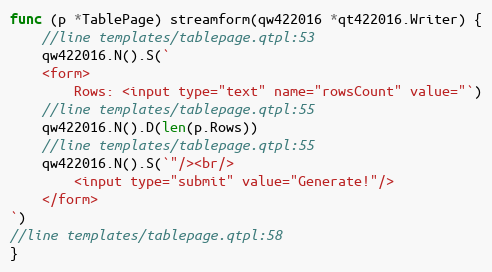
Language: Go
func (p *TablePage) streamform(qw422016 *qt422016.Writer) {
	//line templates/tablepage.qtpl:53
	qw422016.N().S(`
	<form>
		Rows: <input type="text" name="rowsCount" value="`)
	//line templates/tablepage.qtpl:55
	qw422016.N().D(len(p.Rows))
	//line templates/tablepage.qtpl:55
	qw422016.N().S(`"/><br/>
		<input type="submit" value="Generate!"/>
	</form>
`)
//line templates/tablepage.qtpl:58
}